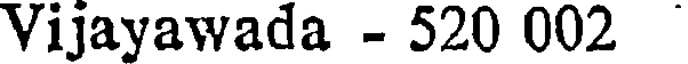
Vijayawada - 520 002